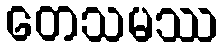
တေသမဿ